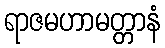
ရာဇမဟာမတ္တာနံ